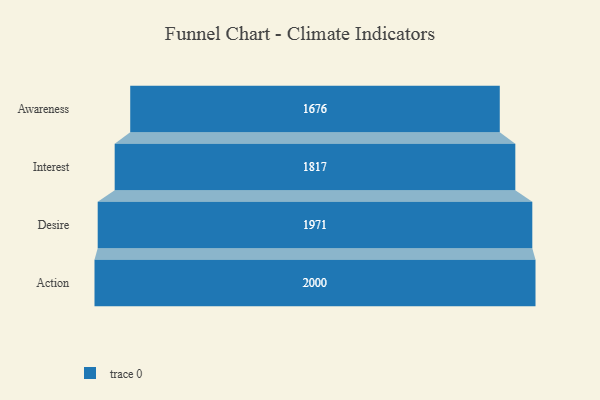
{"axis": {"x": "Stage", "y": "Value"}, "legend": [""], "data": [{"x": "Awareness", "y": 1676.0, "type": ""}, {"x": "Interest", "y": 1817.0, "type": ""}, {"x": "Desire", "y": 1971.0, "type": ""}, {"x": "Action", "y": 2000, "type": ""}]}